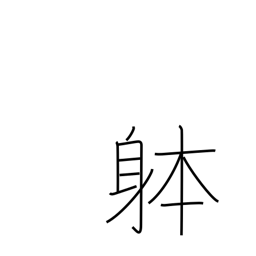
Meaning: object